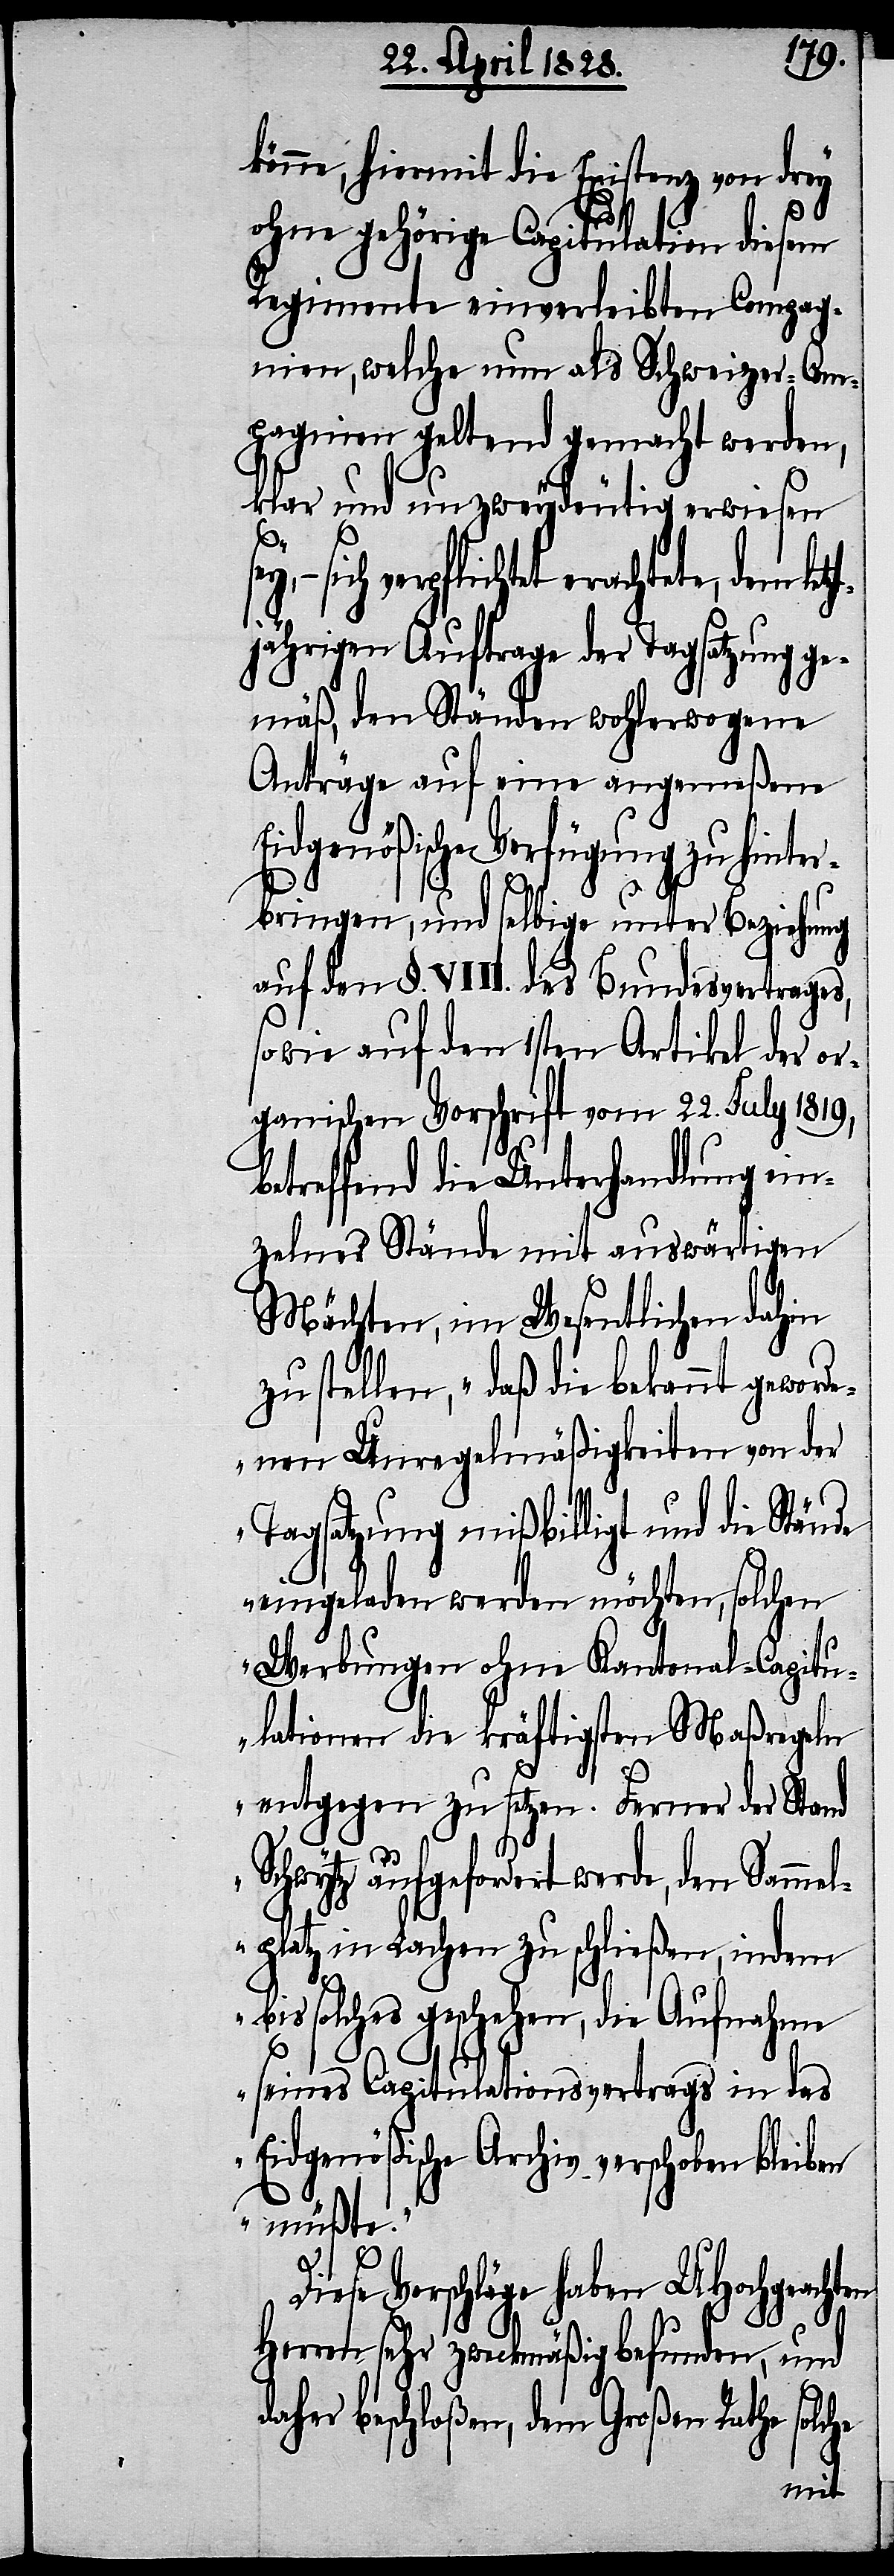
hiermit die Existenz von drey
ohne gehörige Capitulation diesem
Regimente einverleibten Compag¬
nien, welche nun als Schweizer-Com¬
pagnien geltend gemacht werden,
klar und unzweydeutig erwiesen
d¬
tete, dem letzt¬
jährigen Auftrage der Tagsatzung ge¬
mäß, den Ständen wohlerwogene
Anträge auf eine angemeßene
Eidgenößische Verfügung zu hinter¬
bringen, und selbige unter Beziehung
auf den §. VIII. des Bundesvertrages,
sowie auf den 1sten Artikel der or¬
ganischen Vorschrift vom 22. July 1819,
betreffend die Unterhandlung ein¬
zelner Stände mit auswärtigen
Mächten, im Wesentlichen dahin
zu stellen, „daß die bekannt geword¬
enen Unregelmäßigkeiten von der
Tagsatzung mißbilligt und die Stände
eingeladen werden möchten, solchen
Werbungen ohne Kantonal-Capitu¬
lationen die kräftigsten Maßregeln
entgegen zu setzen. Ferner der Stand
Schwytz aufgefordert werde, den Sammel¬
platz in Lachen zu schließen, indem
bis solches geschehen, die Aufnahme
seines Capitulationsvertrags in das
Eidgenößische Archiv verschoben bleiben
müßte.“
Diese Vorschläge haben UHochgeachten
he
Herren sehr zweckmäßig befunden, und
aher beschloßen, dem Großen Rathe solc¬